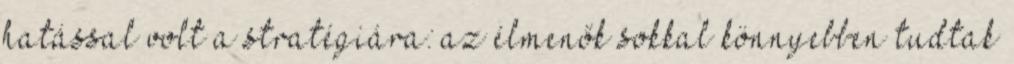
hatással volt a stratégiára: az élmenők sokkal könnyebben tudtak